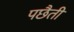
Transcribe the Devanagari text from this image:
पछैती